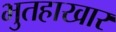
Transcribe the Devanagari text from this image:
भुतहाखार